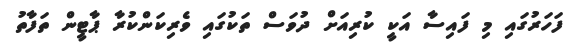
ފަހަރުގައި މި ފައިސާ އަކީ ކުރިއަށް ދުވަސް ތަކުގައި ވެރިކަންކުރާ ޕާޓީން ތަފާތު